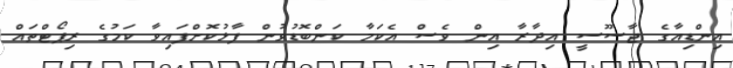
އިންޑިއާގެ ޖާސޫސީ އިދާރާ އިން ވެސް އެކަމާ ކަންބޮޑުވުން ފާޅުކޮށްފައިވާ ކަމުގެ ރިޕޯޓްތައް